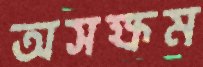
অসক্ষম